Malaria in the Duars
Disease focus: Malaria
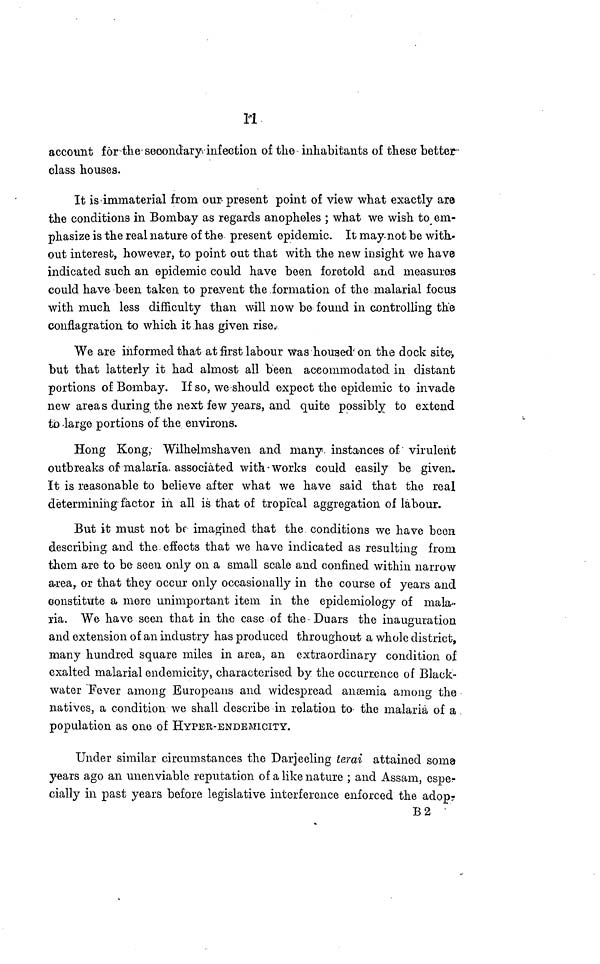
11
account for the secondary infection of the inhabitants of these better-
class houses.
It is immaterial from our present point of view what exactly are
the conditions in Bombay as regards anopheles ; what we wish to em-
phasize is the real nature of the present epidemic. It may not be with-
out interest, however, to point out that with the new insight we have
indicated such an epidemic could have been foretold and measures
could have been taken to prevent the formation of the malarial focus
with much less difficulty than will now be found in controlling the
conflagration to which it has given rise.
We are informed that at first labour was housed- on the dock site,
but that latterly it had almost all been accommodated in distant
portions of Bombay. If so, we should expect the epidemic to invade
new areas during the next few years, and quite possibly to extend
to large portions of the environs.
Hong Kong, Wilhelmshaven and many, instances of virulent
outbreaks of malaria, associated with-works could easily be given.
It is reasonable to believe after what we have said that the real
determining factor in all is that of tropical aggregation of labour.
But it must not be imagined that the conditions we have been
describing and the effects that we have indicated as resulting from
them are to be seen only on a small scale and confined within narrow
area, or that they occur only occasionally in the course of years and
constitute a mere unimportant item in the epidemiology of mala-
ria. We have seen that in the case of the Duars the inauguration
and extension of an industry has produced throughout a whole district,
many hundred square miles in area, an extraordinary condition of
exalted malarial endemicity, characterised by the occurrence of Black-
water Fever among Europeans and widespread anæmia among the
natives, a condition we shall describe in relation to the malaria of a
population as one of HYPER-ENDEMICITY.
Under similar circumstances the Darjeeling terai attained soma
years ago an unenviable reputation of a like nature ; and Assam, espe-
cially in past years before legislative interference enforced the adop-
B2